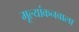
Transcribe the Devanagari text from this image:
मूल्यांकनवाला